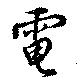
電